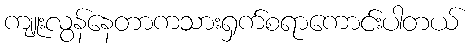
ကျူးလွန်နေတာကသားရှက်စရာကောင်းပါတယ်